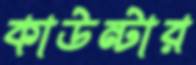
কাউন্টার